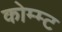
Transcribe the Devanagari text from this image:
कोम्म्ट